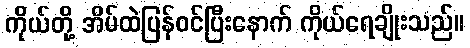
ကိုယ်တို့ အိမ်ထဲပြန်ဝင်ပြီးနောက် ကိုယ်ရေချိုးသည်။